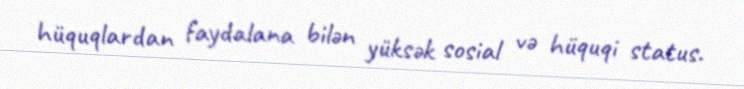
hüquqlardan faydalana bilən yüksək sosial və hüquqi status.